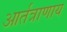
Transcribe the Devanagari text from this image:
आर्तत्राणाय